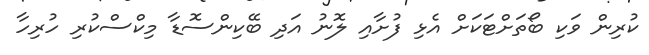
ކުރިން ވަކި ބޯތަށްޓަކަށް އެޅި ފުށާއި ލޮނު އަދި ބޭކިންސޮޑާ މިކްސްކުރި ހުރިހާ